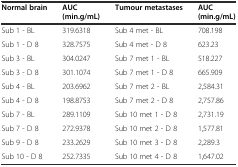
<table><thead><tr><td><b>Normal brain</b></td><td><b>AUC (min.g/mL)</b></td><td><b>Tumour metastases</b></td><td><b>AUC (min.g/mL)</b></td></tr></thead><tbody><tr><td>Sub 1 - BL</td><td>319.6318</td><td>Sub 4 met - BL</td><td>708.198</td></tr><tr><td>Sub 1 - D 8</td><td>328.7575</td><td>Sub 4 met - D 8</td><td>623.23</td></tr><tr><td>Sub 3 - BL</td><td>304.0247</td><td>Sub 7 met 1 - BL</td><td>518.227</td></tr><tr><td>Sub 3 - D 8</td><td>301.1074</td><td>Sub 7 met 1 - D 8</td><td>665.909</td></tr><tr><td>Sub 4 - BL</td><td>203.6962</td><td>Sub 7 met 2 - BL</td><td>2,584.31</td></tr><tr><td>Sub 4 - D 8</td><td>198.8753</td><td>Sub 7 met 2 - D 8</td><td>2,757.86</td></tr><tr><td>Sub 7 - BL</td><td>289.1109</td><td>Sub 10 met 1 - D 8</td><td>2,731.19</td></tr><tr><td>Sub 7 - D 8</td><td>272.9378</td><td>Sub 10 met 2 - D 8</td><td>1,577.81</td></tr><tr><td>Sub 9 - D 8</td><td>233.2629</td><td>Sub 10 met 3 - D 8</td><td>2,289.3</td></tr><tr><td>Sub 10 - D 8</td><td>252.7335</td><td>Sub 10 met 4 - D 8</td><td>1,647.02</td></tr></tbody></table>